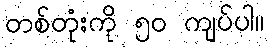
တစ်တုံးကို ၅၀ ကျပ်ပါ။